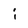
Character: i